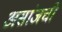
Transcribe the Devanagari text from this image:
असांजची